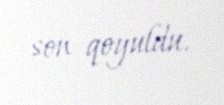
son qoyuldu.